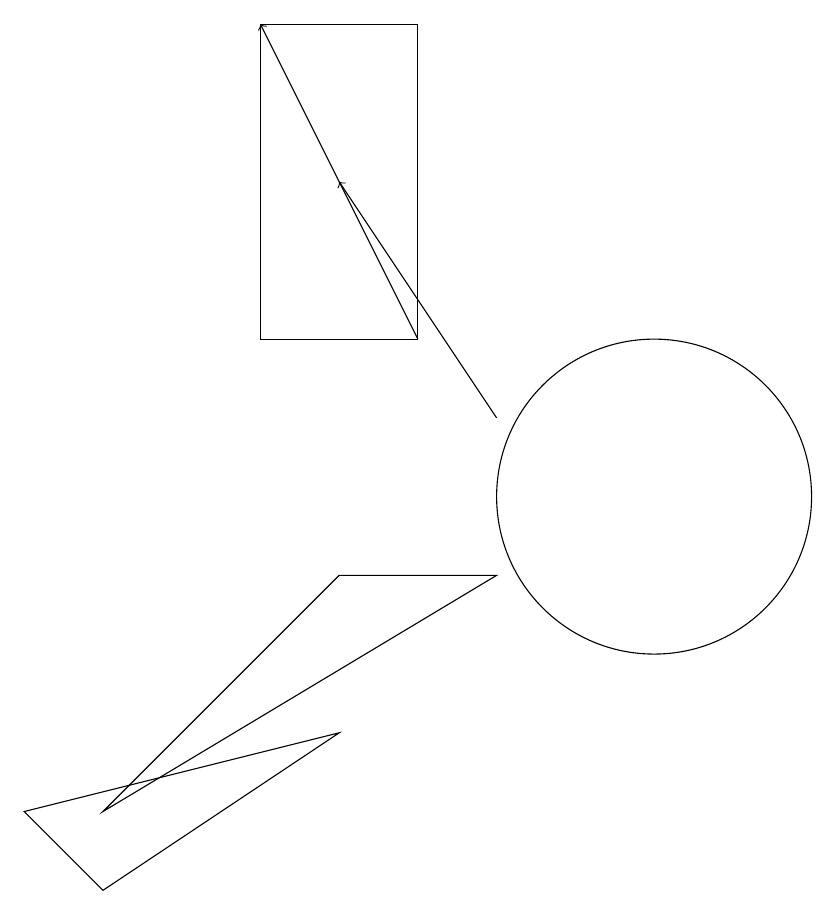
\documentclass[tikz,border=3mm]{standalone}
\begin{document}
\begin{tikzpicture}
\draw[->] (8,11) -- (6,14);
\draw[->] (7,12) -- (5,16);
\draw (2,6) -- (6,7) -- (3,5) -- cycle;
\draw (6,9) -- (3,6) -- (8,9) -- cycle;
\draw (10,10) circle (2);
\draw (7,16) rectangle (5,12);
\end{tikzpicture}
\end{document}